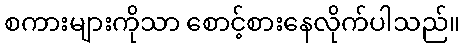
စကားများကိုသာ စောင့်စားနေလိုက်ပါသည်။